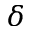
\delta